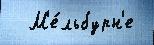
  М'е́льбурн'е